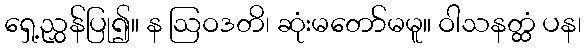
ရှေ့ညွှန်ပြု၍။ န ဩဝဒတိ၊ ဆုံးမတော်မမူ။ ဝါသနတ္ထံ ပန၊